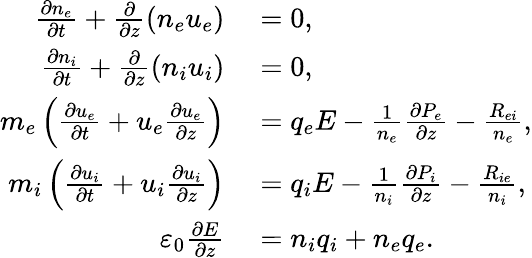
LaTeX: \begin{array}{rl}{\frac{\partial n_{e}}{\partial t}+\frac{\partial}{\partial z}(n_{e}u_{e})}&{{}=0,}\\ {\frac{\partial n_{i}}{\partial t}+\frac{\partial}{\partial z}(n_{i}u_{i})}&{{}=0,}\\ {m_{e}\left(\frac{\partial u_{e}}{\partial t}+u_{e}\frac{\partial u_{e}}{\partial z}\right)}&{{}=q_{e}E-\frac{1}{n_{e}}\frac{\partial P_{e}}{\partial z}-\frac{R_{ei}}{n_{e}},}\\ {m_{i}\left(\frac{\partial u_{i}}{\partial t}+u_{i}\frac{\partial u_{i}}{\partial z}\right)}&{{}=q_{i}E-\frac{1}{n_{i}}\frac{\partial P_{i}}{\partial z}-\frac{R_{ie}}{n_{i}},}\\ {\varepsilon_{0}\frac{\partial E}{\partial z}}&{{}=n_{i}q_{i}+n_{e}q_{e}.}\end{array}